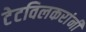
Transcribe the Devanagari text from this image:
टेटविलकरांनी